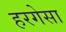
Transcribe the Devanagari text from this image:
हरगेसा